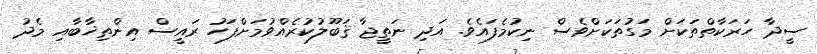
ސީދާ ހަރަކާތްތަކަށް މަގުތަކަށްވެސް ނިކުމެފައެވެ. އަދި ނަތީޖާ ޤަބޫލުކުރެއްވުމަށްފަހު ރައީސް އިންތިޚާބާއި މެދު